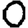
Digit: 0